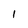
Character: 1